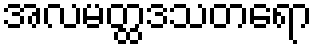
အလမတ္ထဒသတရော